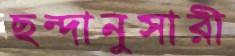
ছন্দানুসারী